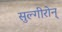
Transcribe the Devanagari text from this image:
सुल्गीरोन्